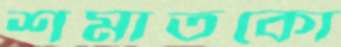
শমাতকো